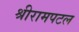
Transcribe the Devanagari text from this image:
श्रीरामपटल